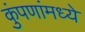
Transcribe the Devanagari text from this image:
कुंपणांमध्ये